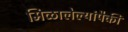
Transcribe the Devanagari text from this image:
मिळालेल्यांपैकी